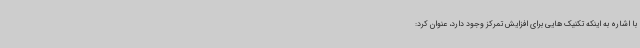
با اشاره به اینکه تکنیک هایی برای افزایش تمرکز وجود دارد، عنوان کرد: